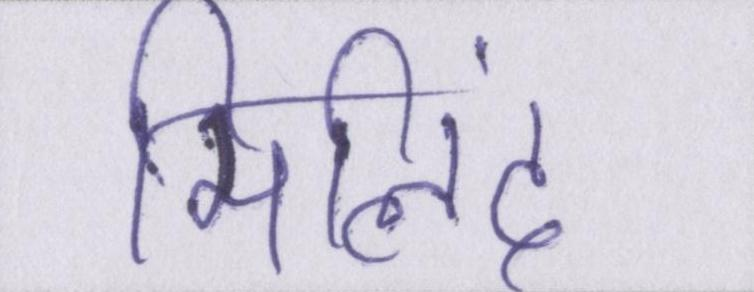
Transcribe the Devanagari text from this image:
मिलिंद